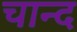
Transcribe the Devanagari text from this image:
चान्‍द